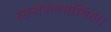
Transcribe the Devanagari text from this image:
रसनोपायसंस्थिता।